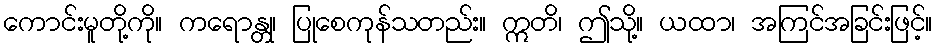
ကောင်းမူတို့ကို။ ကရောန္တု၊ ပြုစေကုန်သတည်း။ ဣတိ၊ ဤသို့။ ယထာ၊ အကြင်အခြင်းဖြင့်။